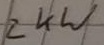
Text: 2kW